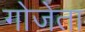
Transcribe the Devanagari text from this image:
गोजेता